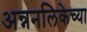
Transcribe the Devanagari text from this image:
अन्ननलिकेच्या